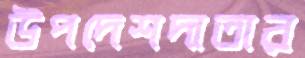
উপদেশদাতার